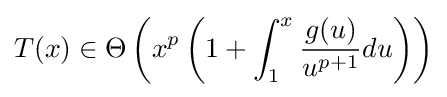
T(x)\in \Theta \left(x^{p}\left(1+\int _{1}^{x}{\frac {g(u)}{u^{p+1}}}du\right)\right)